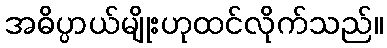
အဓိပ္ပာယ်မျိုးဟုထင်လိုက်သည်။